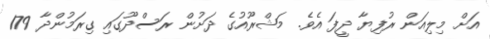
އަށް މިލިއަން ރުފިޔާ ދީފަ އެވެ. މަޝްރޫއުގެ ދަށުން ރަސްދޫގައި ގިރަމުންދާ 179